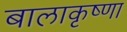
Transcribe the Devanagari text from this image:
बालाकृष्णा